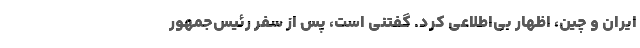
ایران و چین، اظهار بی‌اطلاعی کرد. گفتنی است، پس از سفر رئیس‌جمهور